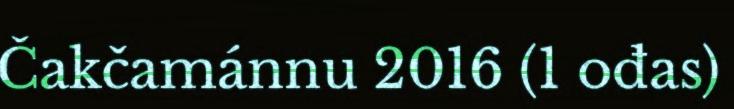
Čakčamánnu 2016 (1 ođas)